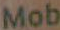
Mob